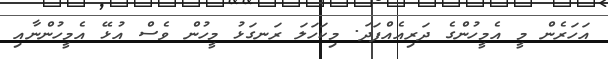
އަހަަރެން މީ އެމީހުންގެ ދަރިއެއްފަދަ. މިކަހަލަ ރަނގަޅު މީހުން ވެސް އުޅޭ އެމީހުންނާއި